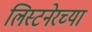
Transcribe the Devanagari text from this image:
लिस्टनेरच्या